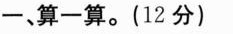
一、算一算。(12分)